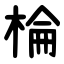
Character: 棆